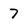
Character: 7